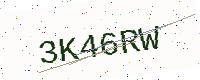
Text: 3K46RW